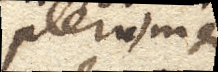
plerumque